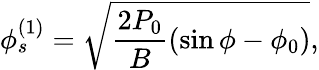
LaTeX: \phi_{s}^{(1)}=\sqrt{\frac{2P_{0}}{B}(\sin\phi-\phi_{0})},